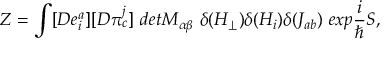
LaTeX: Z = \int [ D e _ { i } ^ { a } ] [ D \pi _ { c } ^ { j } ] \ d e t M _ { \alpha \beta } \ \delta ( H _ { \perp } ) \delta ( H _ { i } ) \delta ( J _ { a b } ) \ e x p \frac { i } { \hbar } S ,